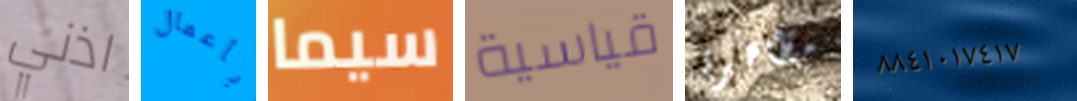
اذني بأعمال سيما قياسية مظاهرة ٨٨٤١٠١٧٤١٧